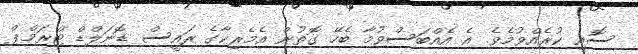
ސޮއި ކުރެއްވުމެވެ. އެ އެއްބަސްވުމާ ބެހޭ ގޮތުން އެމެރިކާގެ ރައީސް ޑޮނަލްޑް ޓްރަމްޕް